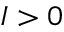
I > 0